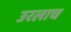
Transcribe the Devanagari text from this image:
उरलाच